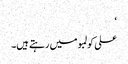
‘
علی کولمبو میں رہتے ہیں۔